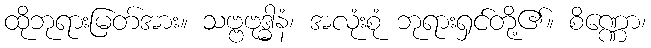
ထိုဘုရားမြတ်အား။ သဗ္ဗဗုဒ္ဓါနံ၊ အလုံးစုံ ဘုရားရှင်တို့၏။ စိဏ္ဏော၊